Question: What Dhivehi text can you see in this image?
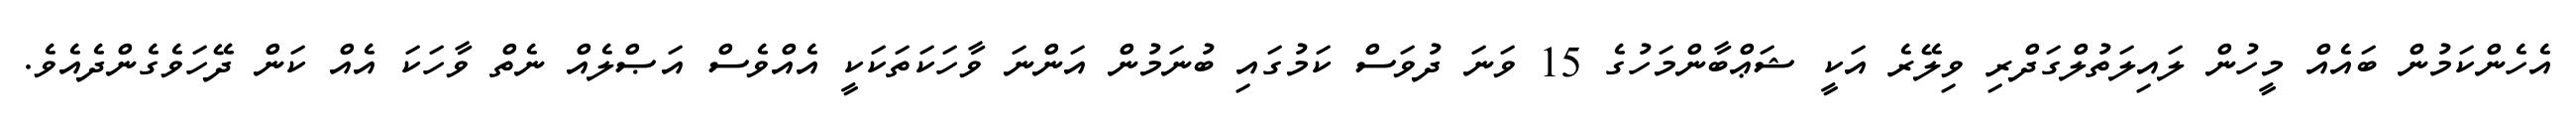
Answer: އެހެންކަމުން ބައެއް މީހުން ލައިލަތުލްގަދްރި ވިލޭރެ އަކީ ޝަޢްބާންމަހުގެ 15 ވަނަ ދުވަސް ކަމުގައި ބުނަމުން އަންނަ ވާހަކަތަކަކީ އެއްވެސް އަޞްލެއް ނެތް ވާހަކަ އެއް ކަން ދޭހަވެގެންދެއެވެ.